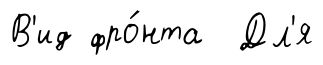
В'ид фро́нта Дл'я